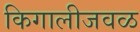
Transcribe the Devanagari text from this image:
किगालीजवळ